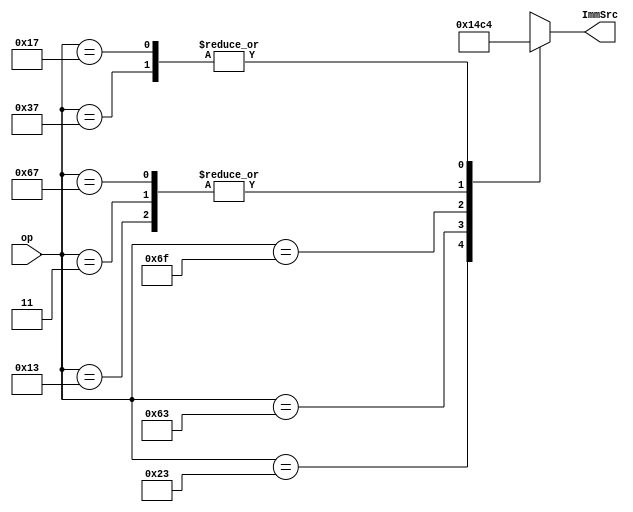
module instructiondecoder (
	input  [6:0] op,
	output reg [2:0] ImmSrc);

	always @(*) begin
	case(op)
		7'b0110011: 	ImmSrc = 3'bxxx; // R-type
		7'b0010011: 	ImmSrc = 3'b000; // I-type ALU
		7'b0000011: 	ImmSrc = 3'b000; // lw / lbu
		7'b0100011: 	ImmSrc = 3'b001; // sw / sb
		7'b1100011: 	ImmSrc = 3'b010; // branches
		7'b1101111: 	ImmSrc = 3'b011; // jal
		7'b0110111: 	ImmSrc = 3'b100; // lui
		7'b1100111: 	ImmSrc = 3'b000; // jalr
		7'b0010111: 	ImmSrc = 3'b100; // auipc
		default: 	ImmSrc = 3'bxxx; // ???
	endcase
	end
endmodule